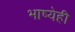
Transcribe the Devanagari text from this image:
भाष्येही